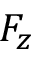
F _ { z }